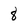
Character: 8